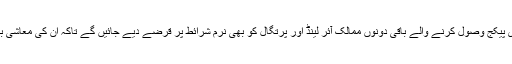
یونان ہی کو نہیں بلکہ امدادی پیکج وصول کرنے والے باقی دونوں ممالک آئر لینڈ اور پرتگال کو بھی نرم شرائط پر قرضے دیے جائیں گے تاکہ اُن کی معاشی بہتری کا عمل رُک نہ جائے۔